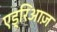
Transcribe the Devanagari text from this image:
एड्रिआज़